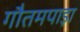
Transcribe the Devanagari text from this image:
गौतमपाड़ा